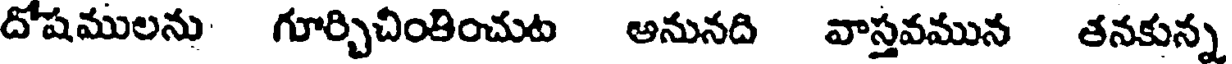
దోషములను గూర్చిచింతించుట అనునది వాస్తవమున తనకున్న